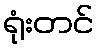
ရုံးတင်